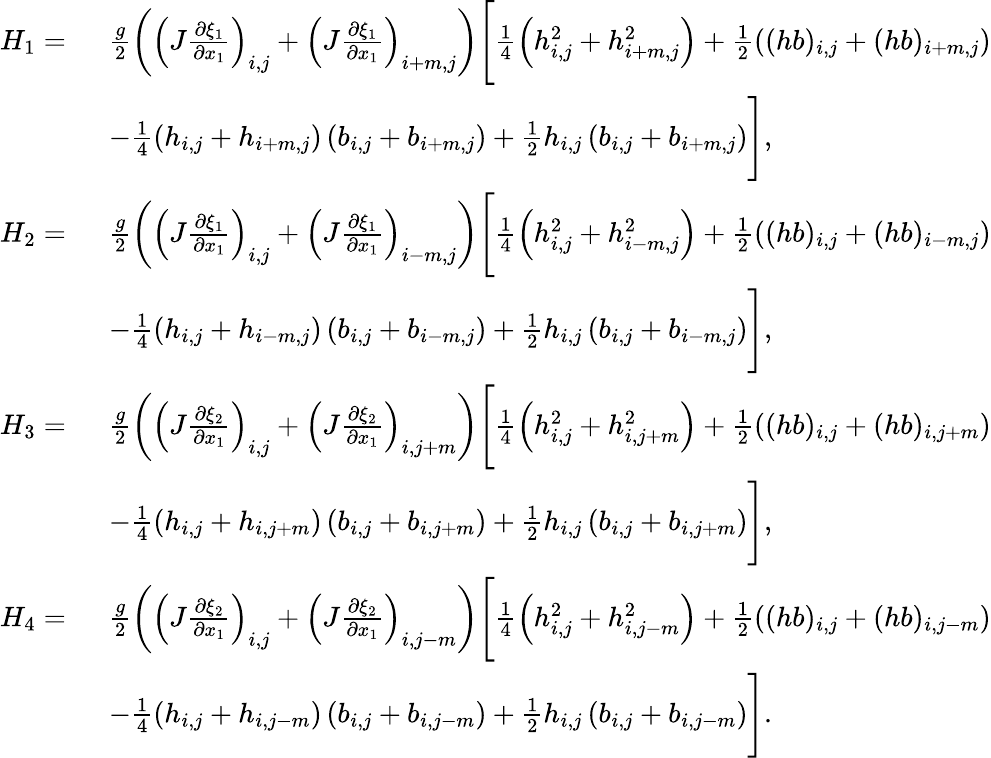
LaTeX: \begin{array}{rl}{H_{1}=\ }&{\frac{g}{2}\left(\left(J\frac{\partial\xi_{1}}{\partial x_{1}}\right)_{i,j}+\left(J\frac{\partial\xi_{1}}{\partial x_{1}}\right)_{i+m,j}\right)\Bigg[\frac{1}{4}\left(h_{i,j}^{2}+h_{i+m,j}^{2}\right)+\frac{1}{2}\left((hb)_{i,j}+(hb)_{i+m,j}\right)}\\ &{-\frac{1}{4}\left({h}_{i,j}+{h}_{i+m,j}\right)\left({b}_{i,j}+{b}_{i+m,j}\right)+\frac{1}{2}h_{i,j}\left({b}_{i,j}+{b}_{i+m,j}\right)\Bigg],}\\ {H_{2}=\ }&{\frac{g}{2}\left(\left(J\frac{\partial\xi_{1}}{\partial x_{1}}\right)_{i,j}+\left(J\frac{\partial\xi_{1}}{\partial x_{1}}\right)_{i-m,j}\right)\Bigg[\frac{1}{4}\left(h_{i,j}^{2}+h_{i-m,j}^{2}\right)+\frac{1}{2}\left((hb)_{i,j}+(hb)_{i-m,j}\right)}\\ &{-\frac{1}{4}\left({h}_{i,j}+{h}_{i-m,j}\right)\left({b}_{i,j}+{b}_{i-m,j}\right)+\frac{1}{2}h_{i,j}\left({b}_{i,j}+{b}_{i-m,j}\right)\Bigg],}\\ {H_{3}=\ }&{\frac{g}{2}\left(\left(J\frac{\partial\xi_{2}}{\partial x_{1}}\right)_{i,j}+\left(J\frac{\partial\xi_{2}}{\partial x_{1}}\right)_{i,j+m}\right)\Bigg[\frac{1}{4}\left(h_{i,j}^{2}+h_{i,j+m}^{2}\right)+\frac{1}{2}\left((hb)_{i,j}+(hb)_{i,j+m}\right)}\\ &{-\frac{1}{4}\left({h}_{i,j}+{h}_{i,j+m}\right)\left({b}_{i,j}+{b}_{i,j+m}\right)+\frac{1}{2}h_{i,j}\left({b}_{i,j}+{b}_{i,j+m}\right)\Bigg],}\\ {H_{4}=\ }&{\frac{g}{2}\left(\left(J\frac{\partial\xi_{2}}{\partial x_{1}}\right)_{i,j}+\left(J\frac{\partial\xi_{2}}{\partial x_{1}}\right)_{i,j-m}\right)\Bigg[\frac{1}{4}\left(h_{i,j}^{2}+h_{i,j-m}^{2}\right)+\frac{1}{2}\left((hb)_{i,j}+(hb)_{i,j-m}\right)}\\ &{-\frac{1}{4}\left({h}_{i,j}+{h}_{i,j-m}\right)\left({b}_{i,j}+{b}_{i,j-m}\right)+\frac{1}{2}h_{i,j}\left({b}_{i,j}+{b}_{i,j-m}\right)\Bigg].}\end{array}